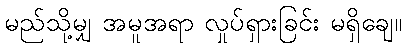
မည်သို့မျှ အမူအရာ လှုပ်ရှားခြင်း မရှိချေ။